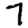
Digit: 7